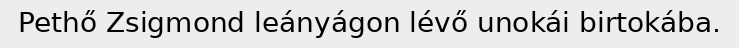
Pethő Zsigmond leányágon lévő unokái birtokába.